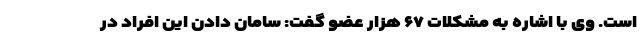
است. وی با اشاره به مشکلات ۶۷ هزار عضو گفت: سامان دادن این افراد در